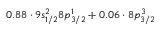
0 . 8 8 \cdot 9 s _ { 1 / 2 } ^ { 2 } 8 p _ { 3 / 2 } ^ { 1 } + 0 . 0 6 \cdot 8 p _ { 3 / 2 } ^ { 3 }